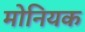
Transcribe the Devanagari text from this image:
मोनियक